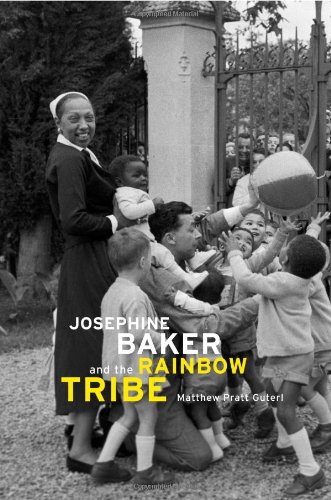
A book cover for Josephine Baker and the Rainbow Tribe; Matthew Pratt Guterl; Biographies & Memoirs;